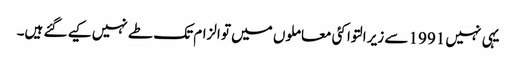
یہی نہیں 1991 سے زیر التوا کئی معاملوں میں تو الزام تک طے نہیں کیے گئے ہیں۔